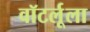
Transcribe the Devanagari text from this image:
वॉटर्लूला